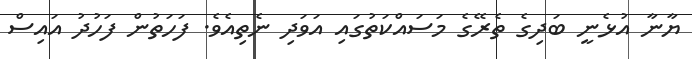
ޔާނާ އުޅެނީ ބަދިގެ ތެރޭގެ މަސައްކަތުގައި އަވަދި ނެތިއެވެ. ފަހަތުން ފަހުދު އައިސް